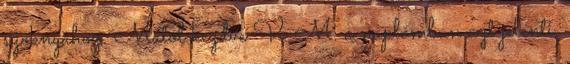
szoknyához. Mától kezdve V. M. a naplómban azt jelenti,